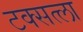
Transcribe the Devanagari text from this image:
टक्सत्ला